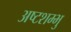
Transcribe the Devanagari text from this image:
अष्टशम्भु